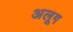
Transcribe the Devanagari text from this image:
अलूग